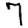
Digit: 7